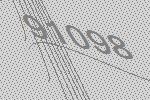
91098